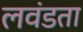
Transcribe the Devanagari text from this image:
लवंडता